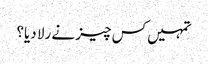
تمہیں کس چیز نے رلا دیا؟